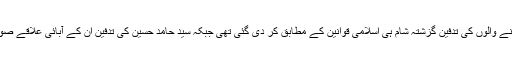
زیادہ تر ہلاک ہونے والوں کی تدفین گزشتہ شام ہی اسلامی قوانین کے مطابق کر دی گئی تھی جبکہ سید حامد حسین کی تدفین ان کے آبائی علاقے صوابی میں کی گئی۔